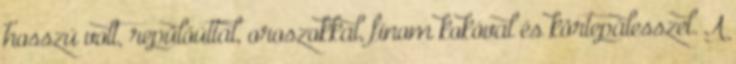
hosszú volt, repülőúttal, oroszokkal, finom kokóval és körtepálesszel. A